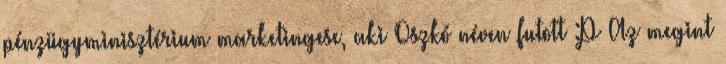
pénzügyminisztérium marketingese, aki Oszkó néven futott :P Az megint